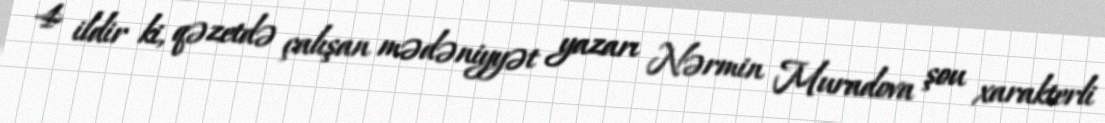
4 ildir ki, qəzetdə çalışan mədəniyyət yazarı Nərmin Muradova şou xarakterli